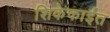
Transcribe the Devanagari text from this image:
शिकेकाईत